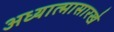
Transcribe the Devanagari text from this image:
अध्यात्मासारखे